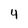
Character: 4